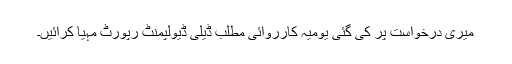
میری درخواست پر کی گئی یومیہ کارروائی مطلب ڈیلی ڈیولپمنٹ رپورٹ مہیا کرائیں۔